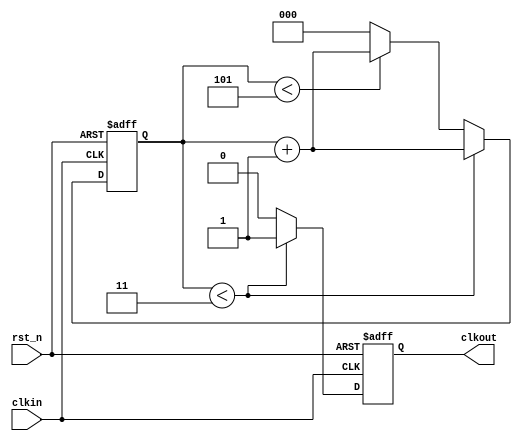
//clk div even

module test_div_even(clkin,rst_n,clkout);
	input clkin;
	input rst_n;
	output reg clkout;

	parameter num=6;
	parameter fen=num/2;

	reg [2:0] cnt;

	always @(posedge clkin or negedge rst_n)
		begin
			if(!rst_n)
				begin
					cnt<=3'd0;
					clkout<=1'b0;
				end
			else
				begin
					if(cnt<fen)
						begin
							clkout<=1'b1;
							cnt<=cnt+1'b1;
						end
					else if(cnt<num-1'b1)
						begin
							clkout<=1'b0;
							cnt<=cnt+1'b1;
						end
					else
						begin
							clkout<=1'b0;
							cnt<=3'd0;
						end
				end
		end
endmodule